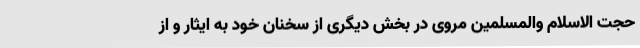
حجت الاسلام والمسلمین مروی در بخش دیگری از سخنان خود به ایثار و از